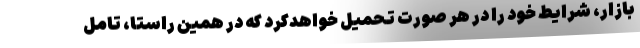
بازار، شرایط خود را در هر صورت تحمیل خواهدکرد که در همین راستا، تامل